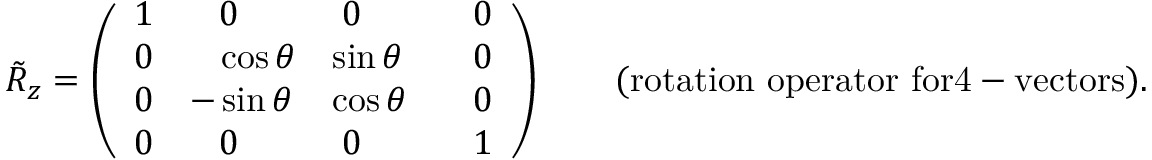
\tilde { R } _ { z } = \left( \begin{array} { l l l l } { { 1 } } & { { \; \; \; 0 } } & { { \; 0 } } & { { \; \; \; 0 } } \\ { { 0 } } & { { \; \; \, \, \cos { \theta } } } & { { \sin { \theta } } } & { { \; \; \; 0 } } \\ { { 0 } } & { { - \sin { \theta } } } & { { \cos { \theta } } } & { { \; \; \; 0 } } \\ { { 0 } } & { { \; \; \; 0 } } & { { \; 0 } } & { { \; \; \; 1 } } \end{array} \right) \qquad \mathrm { ( r o t a t i o n ~ o p e r a t o r ~ f o r 4 - v e c t o r s ) . }